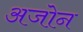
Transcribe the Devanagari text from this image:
अजोन